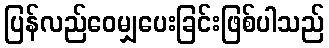
ပြန်လည်ဝေမျှပေးခြင်းဖြစ်ပါသည်